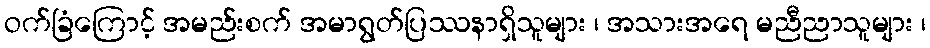
ဝက်ခြံကြောင့် အမည်းစက် အမာရွတ်ပြဿနာရှိသူများ ၊ အသားအရေ မညီညာသူများ ၊